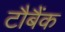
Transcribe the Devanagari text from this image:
टौबैंक